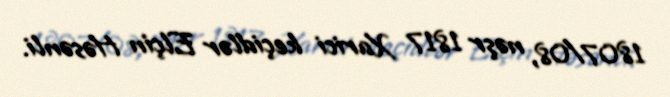
1807/08, nəşr 1817 Xarici keçidlər Elçin Həsənli.